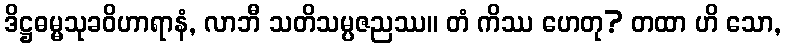
ဒိဋ္ဌဓမ္မသုခဝိဟာရာနံ, လာဘီ သတိသမ္ပဇညဿ။ တံ ကိဿ ဟေတု? တထာ ဟိ သော,